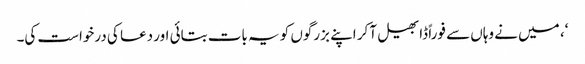
‘، میں نے وہاں سے فوراً ڈابھیل آکر اپنے بزرگوں کو یہ بات بتائی اور دعا کی درخواست کی۔